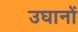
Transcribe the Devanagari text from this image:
उघानों